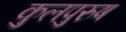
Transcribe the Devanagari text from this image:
कुलपुरुष